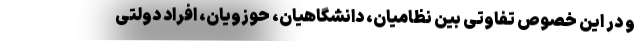
و در این خصوص تفاوتی بین نظامیان، دانشگاهیان، حوزویان، افراد دولتی